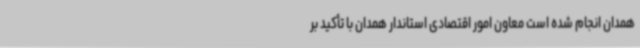
همدان انجام شده است معاون امور اقتصادی استاندار همدان با تأکید بر